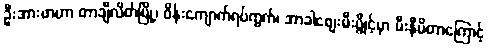
ဦးအားဖာဟာ တာချီလိတ်မြို့၊ ဝိန်းကျောက်ရပ်ကွက်၊ အာခါစျေးမီးပွိုင့်မှာ မီးနီမိတာကြောင့်